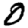
Digit: 0